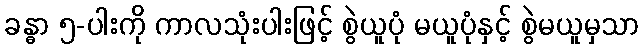
ခန္ဓာ ၅-ပါးကို ကာလသုံးပါးဖြင့် စွဲယူပုံ မယူပုံနှင့် စွဲမယူမှသာ